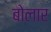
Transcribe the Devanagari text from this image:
बोलार